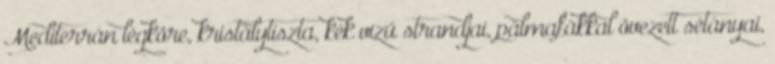
Mediterrán légköre, kristálytiszta, kék vizű strandjai, pálmafákkal övezett sétányai,